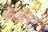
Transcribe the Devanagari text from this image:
बेज़ेरा